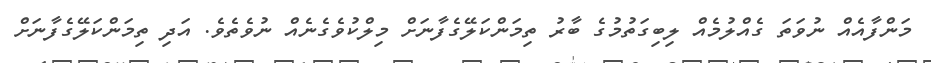
މަންފާއެއް ނުވަތަ ގެއްލުމެއް ލިބިގަތުމުގެ ބާރު ތިމަންކަލޭގެފާނަށް މިލްކުވެގެނެއް ނުވެތެވެ. އަދި ތިމަންކަލޭގެފާނަށް